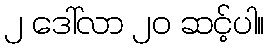
၂ ဒေါ်လာ ၂၀ ဆင့်ပါ။